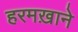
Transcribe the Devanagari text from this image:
हरमख़ाने